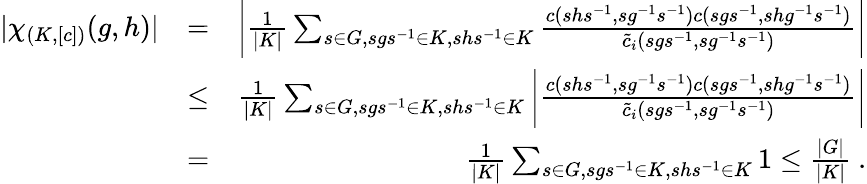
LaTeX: \begin{array}{rlr}{|\chi_{(K,[c])}(g,h)|}&{=}&{\bigg|\frac{1}{|K|}\sum_{s\in G,sgs^{-1}\in K,shs^{-1}\in K}\frac{c(shs^{-1},sg^{-1}s^{-1})c(sgs^{-1},shg^{-1}s^{-1})}{\tilde{c}_{i}(sgs^{-1},sg^{-1}s^{-1})}\bigg|}\\ &{\leq}&{\frac{1}{|K|}\sum_{s\in G,sgs^{-1}\in K,shs^{-1}\in K}\bigg|\frac{c(shs^{-1},sg^{-1}s^{-1})c(sgs^{-1},shg^{-1}s^{-1})}{\tilde{c}_{i}(sgs^{-1},sg^{-1}s^{-1})}\bigg|}\\ &{=}&{\frac{1}{|K|}\sum_{s\in G,sgs^{-1}\in K,shs^{-1}\in K}1\leq\frac{|G|}{|K|}~.}\end{array}